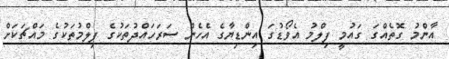
އާންމު ގޮތެއްގަ ގައުމީ ފިލްމު އެވޯޑުގަ އިންޑިޔާގެ އެހެން ސަރަހައްދުތަކުގެ ފިލްމުތަކުގެ މައްޗަކަށް